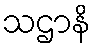
သဌာနိ